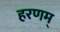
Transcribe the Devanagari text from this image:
हरणम्